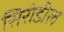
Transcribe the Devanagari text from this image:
सिरोडील